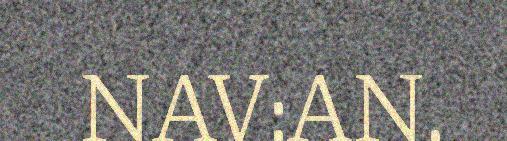
NAV:AN.